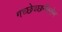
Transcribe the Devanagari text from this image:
गच्छेच्छनैस्तेन